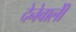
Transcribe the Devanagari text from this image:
देनेवालीे